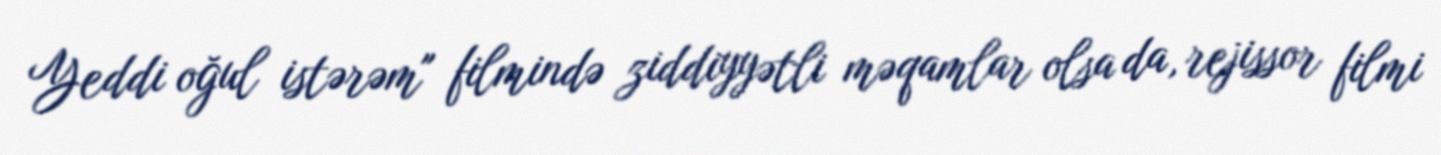
Yeddi oğul istərəm" filmində ziddiyyətli məqamlar olsa da, rejissor filmi